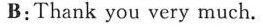
B:Thank you very much.